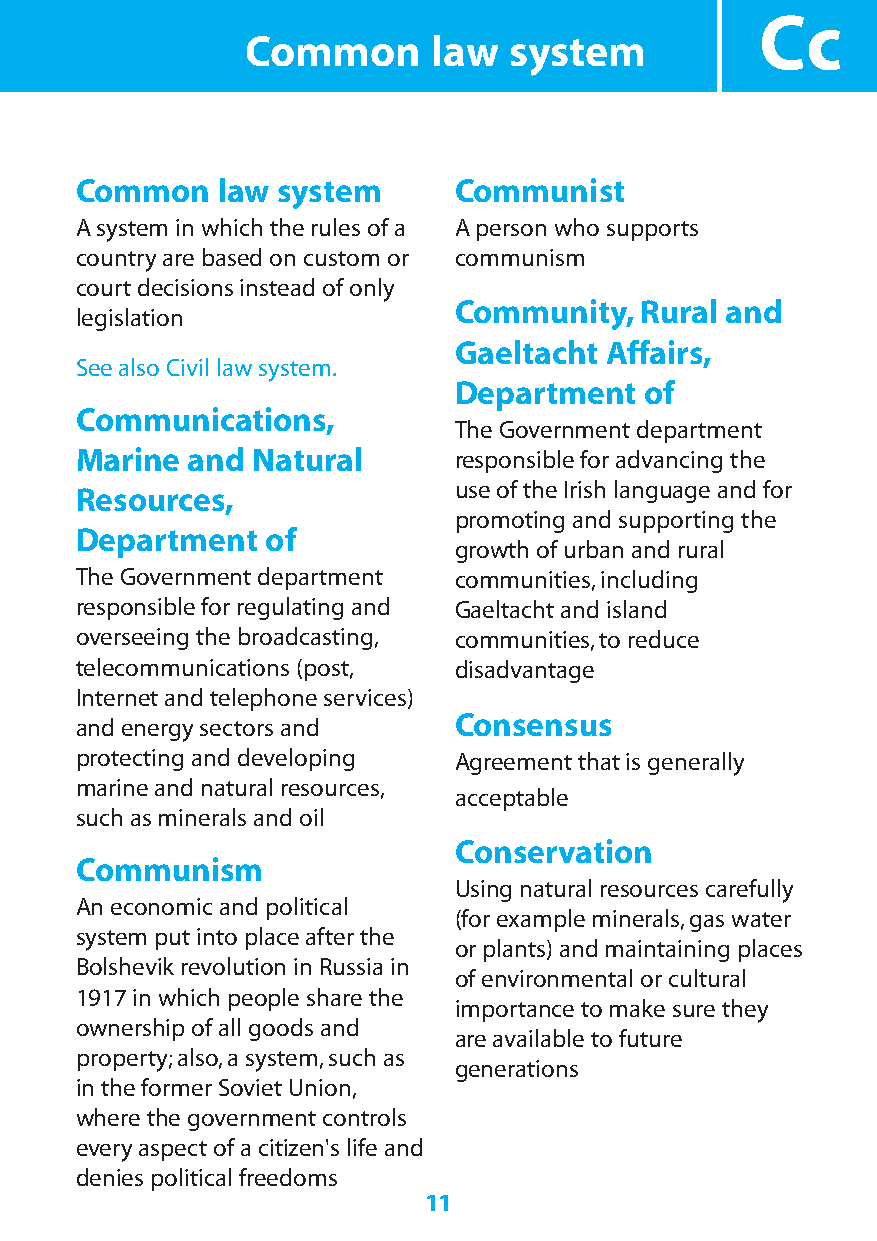
Cc
 Common       law  system
 Common   law system      Communist
 A system in which the rules of a A person who supports
 country are based on custom or communism
 court decisions instead of only
 Community,Rural   and
 legislation
 Gaeltacht Affairs,
 See also Civil law system.
 Department   of
 Communications,
 The Government department
 Marine and  Natural      responsible for advancing the
 use of the Irish language and for
 Resources,
 promoting and supporting the
 Department   of
 growth of urban and rural
 The Government department communities,including
 responsible for regulating and Gaeltacht and island
 overseeing the broadcasting, communities,to reduce
 telecommunications (post, disadvantage
 Internet and telephone services)
 Consensus
 and energy sectors and
 protecting and developing Agreement that is generally
 marine and natural resources,
 acceptable
 such as minerals and oil
 Conservation
 Communism
 Using natural resources carefully
 An economic and political
 (for example minerals,gas water
 system put into place after the
 or plants) and maintaining places
 Bolshevik revolution in Russia in
 of environmental or cultural
 1917 in which people share the
 importance to make sure they
 ownership of all goods and
 are available to future
 property;also,a system,such as
 generations
 in the former Soviet Union,
 where the government controls
 every aspect of a citizen's life and
 denies political freedoms
 11